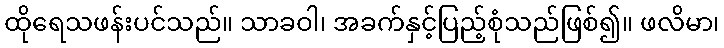
ထိုရေသဖန်းပင်သည်။ သာခဝါ၊ အခက်နှင့်ပြည့်စုံသည်ဖြစ်၍။ ဖလိမာ၊